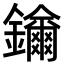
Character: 𨯡